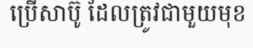
ប្រើសាប៊ូ ដែលត្រូវជាមួយមុខ